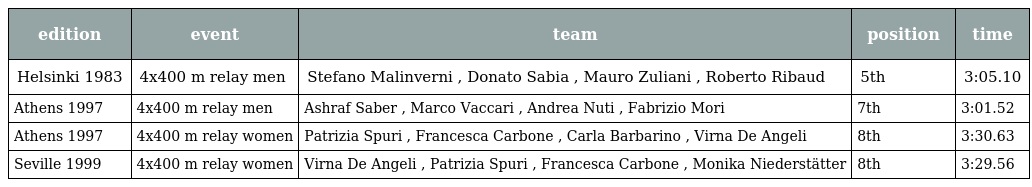
| edition | event | team | position | time |
 | --- | --- | --- | --- | --- |
 | Helsinki 1983 | 4x400 m relay men | Stefano Malinverni , Donato Sabia , Mauro Zuliani , Roberto Ribaud | 5th | 3:05.10 |
 | Athens 1997 | 4x400 m relay men | Ashraf Saber , Marco Vaccari , Andrea Nuti , Fabrizio Mori | 7th | 3:01.52 |
 | Athens 1997 | 4x400 m relay women | Patrizia Spuri , Francesca Carbone , Carla Barbarino , Virna De Angeli | 8th | 3:30.63 |
 | Seville 1999 | 4x400 m relay women | Virna De Angeli , Patrizia Spuri , Francesca Carbone , Monika Niederstätter | 8th | 3:29.56 |